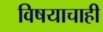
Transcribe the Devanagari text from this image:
विषयाचाही